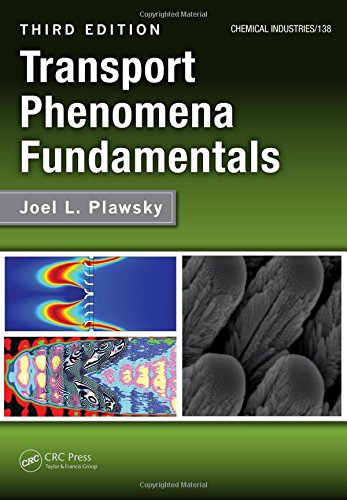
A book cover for Transport Phenomena Fundamentals, Third Edition (Chemical Industries); Joel L. Plawsky; Science & Math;